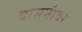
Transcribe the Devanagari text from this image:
वासनांवर